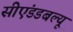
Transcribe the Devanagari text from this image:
सीएंडडबल्यू